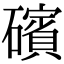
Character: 礗